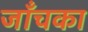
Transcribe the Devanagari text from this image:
जाँचका